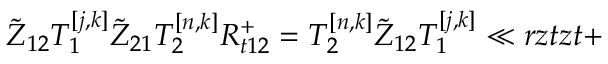
\tilde { Z } _ { 1 2 } T _ { 1 } ^ { [ j , k ] } \tilde { Z } _ { 2 1 } T _ { 2 } ^ { [ n , k ] } { R } _ { t 1 2 } ^ { + } = T _ { 2 } ^ { [ n , k ] } \tilde { Z } _ { 1 2 } T _ { 1 } ^ { [ j , k ] } \ll { r z t z t + }